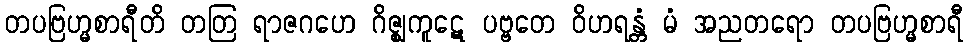
တပဗြဟ္မစာရီတိ တတြ ရာဇဂဟေ ဂိဇ္ဈကူဋေ ပဗ္ဗတေ ဝိဟရန္တံ မံ အညတရော တပဗြဟ္မစာရီ